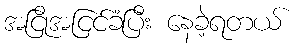
အငြိုအငြင်ခံပြီး နေခဲ့ရတယ်